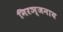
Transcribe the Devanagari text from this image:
निरञ्जनाय